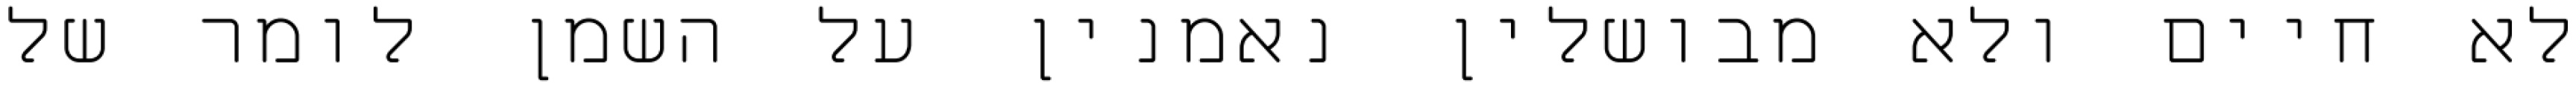
לא חיים ולא מבושלין נאמנין על השמן לומר של